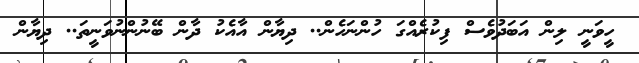
ހީވަނީ ލިން އަބަދުވެސް ފިކުރެއްގަ ހުންނަހެން.. ދިޔާން އާއެކު ދާން ބޭނުންނުވަނީތަ.. ދިޔާން